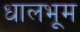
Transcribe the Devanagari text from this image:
धालभूम